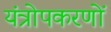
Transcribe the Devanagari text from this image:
यंत्रोपकरणों